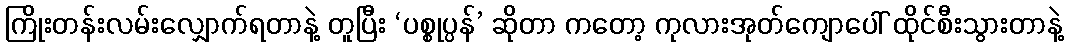
ကြိုးတန်းလမ်းလျှောက်ရတာနဲ့ တူပြီး ‘ပစ္စုပ္ပန်’ ဆိုတာ ကတော့ ကုလားအုတ်ကျောပေါ် ထိုင်စီးသွားတာနဲ့